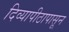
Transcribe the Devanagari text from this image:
दिव्यापीठापासून